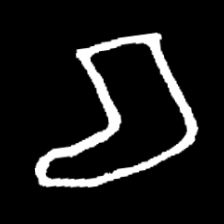
Pyu character \u2014 Myanmar letter: စ (romanized: ca)